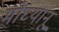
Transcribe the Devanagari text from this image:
मोघ्यानू